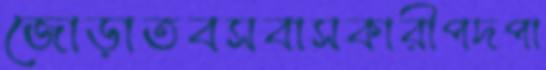
জোড়াতবসবাসকারীপদপা